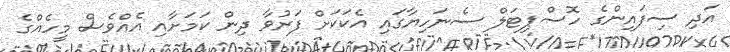
އަދި ސިފައިންގެ ހޮސްޕިޓަލް ސެނަހިޔާގައި އެކަކަށް ފަރުވާ ދިން ކަމަށާއި އެެއްވެސް މީހެއްގެ